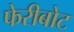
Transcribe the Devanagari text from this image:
फेरीबोट